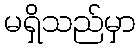
မရှိသည်မှာ